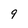
Character: 9